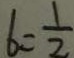
b = \frac { 1 } { 2 }